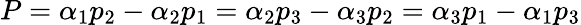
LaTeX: P=\alpha_{1}p_{2}-\alpha_{2}p_{1}=\alpha_{2}p_{3}-\alpha_{3}p_{2}=\alpha_{3}p_{1}-\alpha_{1}p_{3}